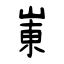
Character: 崬